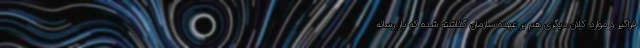
فراگیر و موارد کلان دیگری هم بر عهده سازمان گذاشته شده که بار رسانه